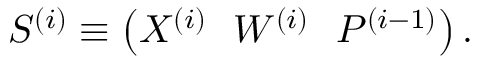
S ^ { ( i ) } \equiv \left( X ^ { ( i ) } \ \ W ^ { ( i ) } \ \ P ^ { ( i - 1 ) } \right) .